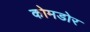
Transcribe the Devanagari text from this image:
कोमडोर